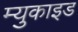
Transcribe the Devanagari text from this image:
म्युकाइड